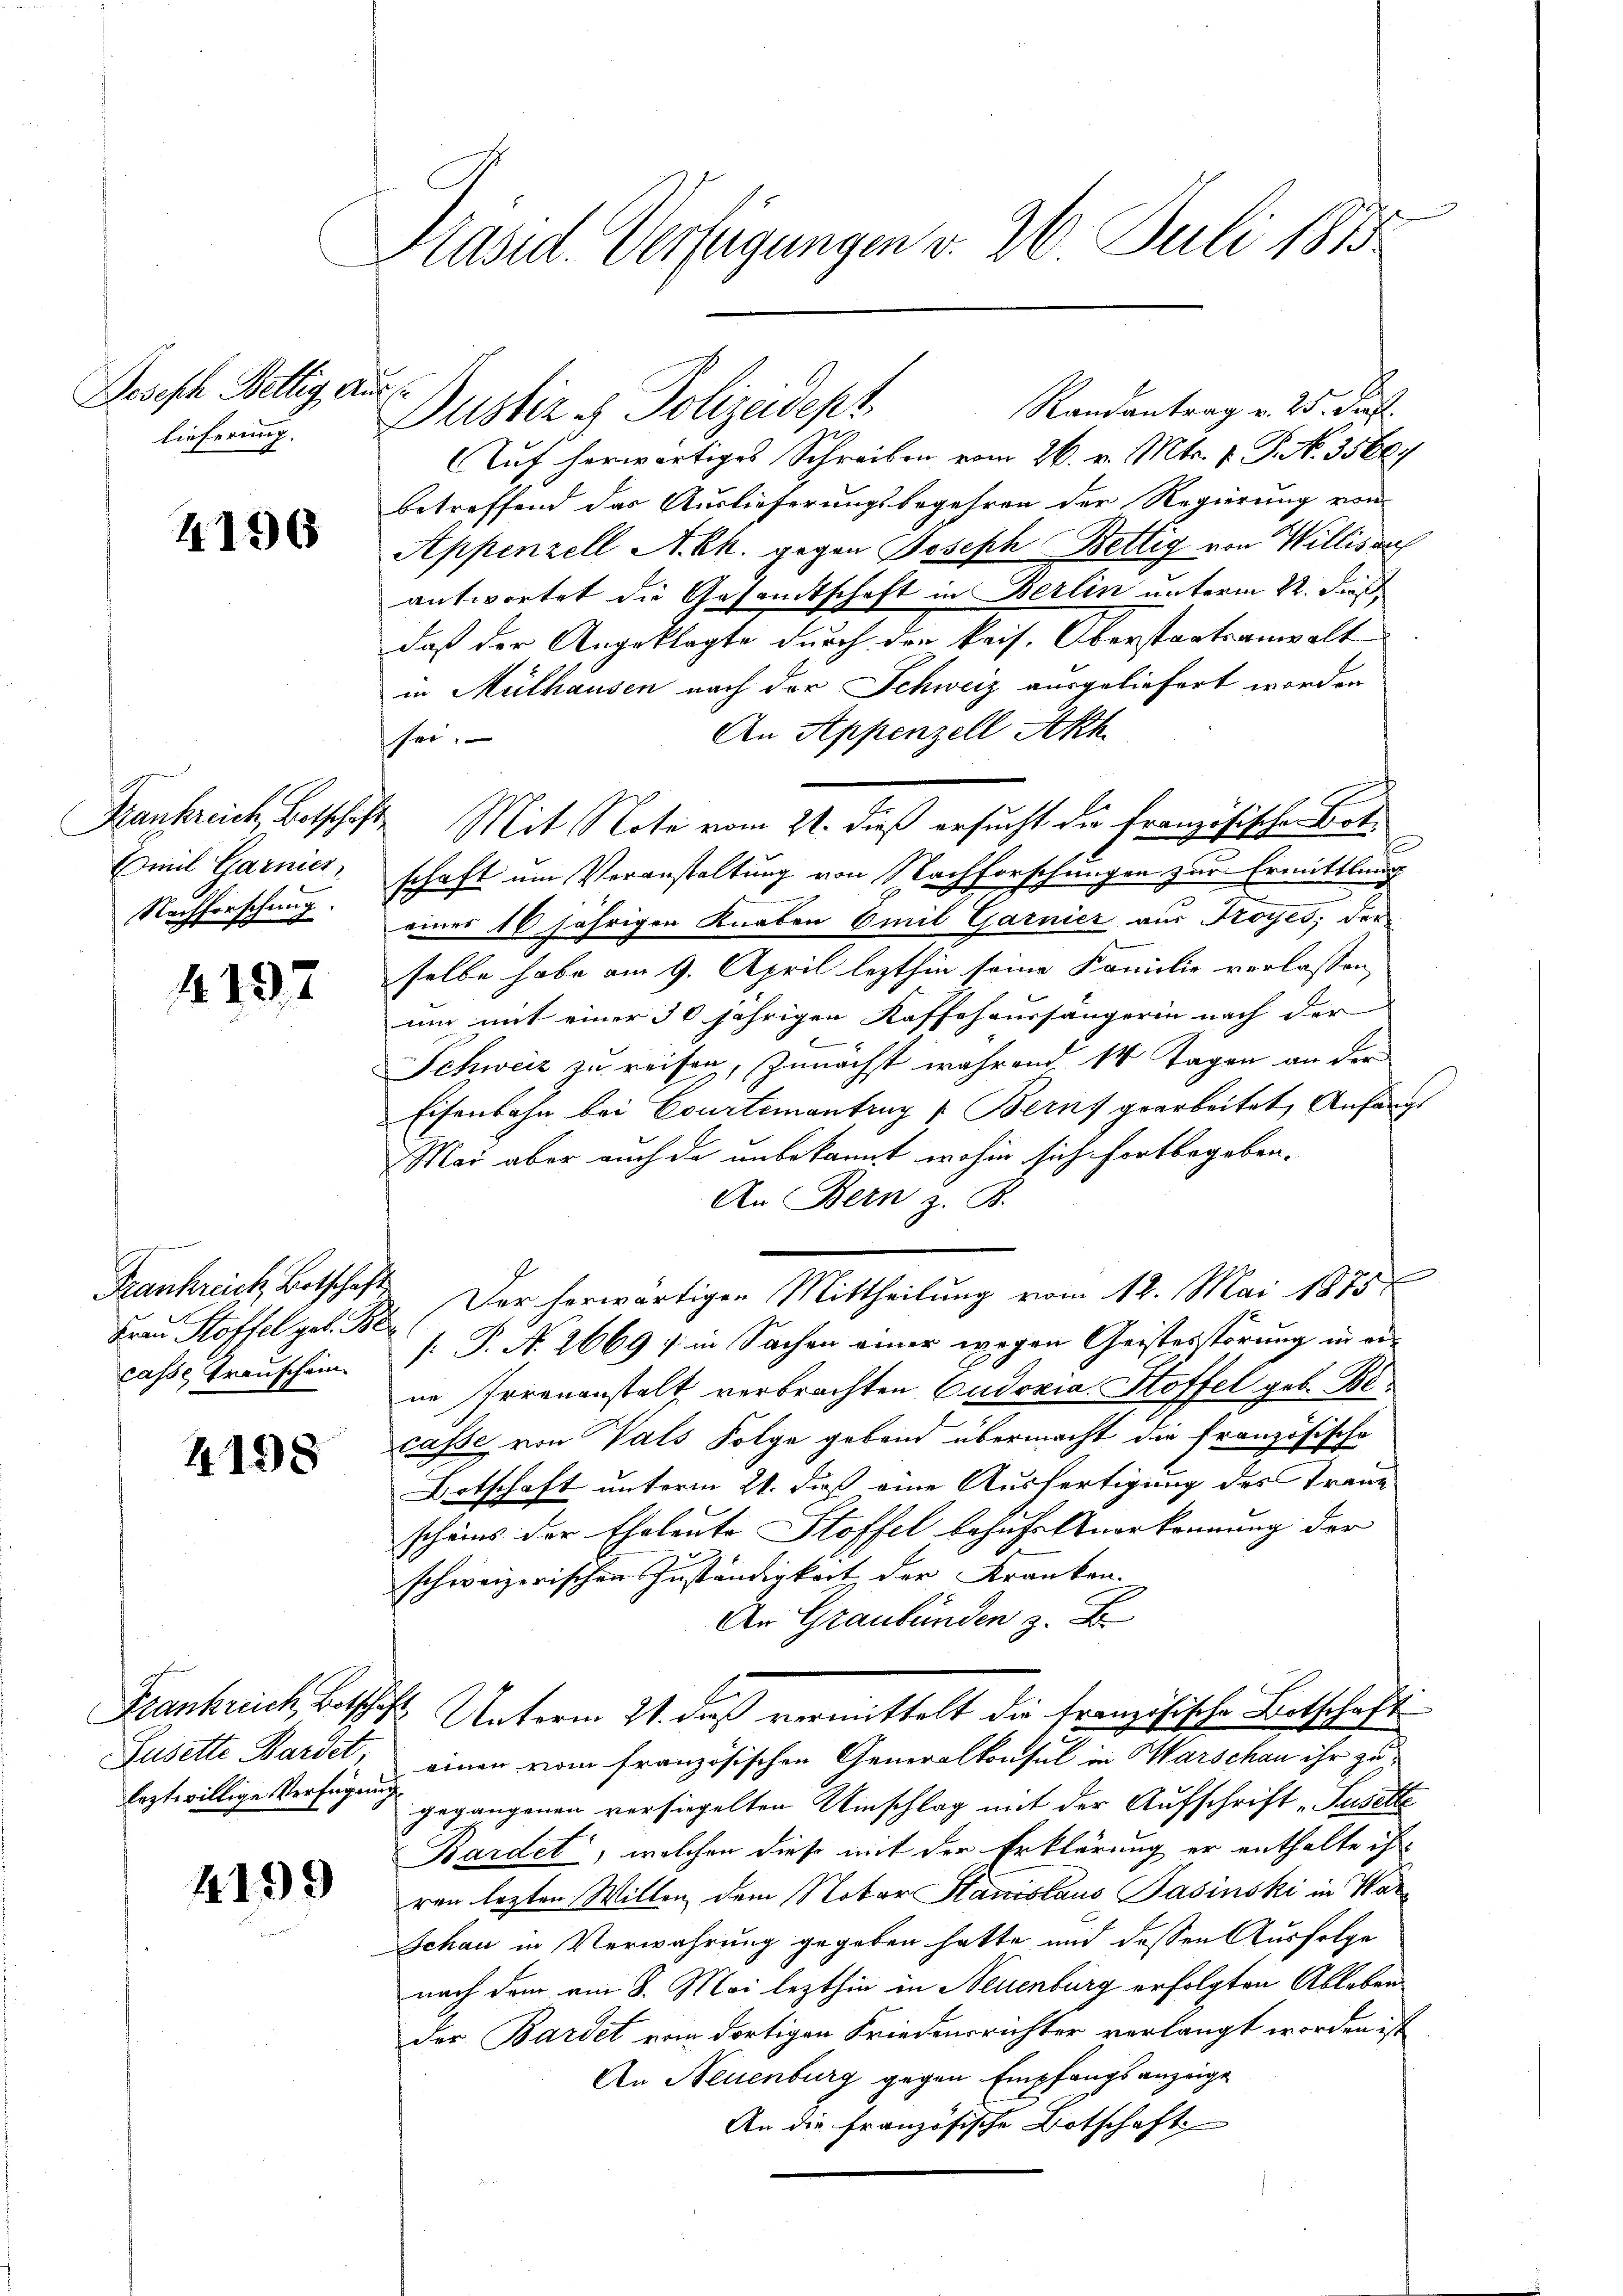
Joseph Bellig Auss
lieferung.

4196

Krankreich, Botschäft
Emil Garnier,
Nachforschung

4197

Frankreich, Botschaft
casse Trauschein

4198

leztwillige Verfügung

4199

e
Präsid. Verfügungen v. 26. Juli 1813

Dustiz & Polizeidept

Randantrag v. 25. Jul.
Auf herwärtiges Schreiben vom 26. v. Mts. 1. P. Nr. 35687
betreffend das Auslieferungsbegehren der Regierung von
Appenzell A. Ch. gegen Joseph Bettig von Willisauf
antwortet die Gesandtschaft in Berlin unterm 22. Fuß
daß der Angeklagte durch den kais. Oberstaatsanwalt
in Mülhausen nach der Schweiz ausgeliefert worden
An Appenzell Akh.
sei.
E
Mit Note vom 21. dieß ersucht die französischer Botschaft um Veranstaltung von Nachforschungen zur Ermittlung
eines 16 jährigen Knaben Emil Garnier aus Troÿes; der
selbe habe am 9. April lezthin seine Familie verlassen,
um mit einer 30 jährigen Kaffehaushängerin nach der
Schweiz zu reisen, Zunächst während 14 Tagen an der
Eisenbahn bei Courtementrug Bern gearbeitet, Anfangs
Mar aber auch da unbekannt, wohin sich fortbegeben.
An Bern z. B.
Frau Hoffel geb. 18. Der herwärtigen Mittheilung vom 12. Mai 1875
[P. Nr. 2669) in Sachen einer wegen Geistestörung in ein
ne Irrenanstalt verbrachten Cudoxia Stoffel geb. Becasse von Vals Folge geband übermacht die französische
Botschaft unterm 21. daß eine Ausfertigung des Traue
scheins der Eheleute Stoffel lohnfelsverkennung der
schweizerischen Zuständigkeit der Kranken.
An Graubünden z. B.
Frankreich Betschaft Unterm 21. dieß vermittelt die französische Betschaft
Lusette Bardet, einen vom französischen Generalkonsul in Warschau ihr zu
gegangenen versiegelten Umschlag mit der Aufschrift „Suselte
Bardet, welchen diese mit der Erklärung er enthalte ih
ren lezten Willen dem Notar Stanislaus Pasinski in War¬
Schau in Verwahrung gegeben hatte und dessen Ausfolge
nach dem am 8. Mai lezthin in Neuenburg erfolgten Ableben
der Bardet vom dortigen Friedensrichter verlangt worden ist
An Neuenburg gegen Empfangsanzeige
An die französische Botschaft